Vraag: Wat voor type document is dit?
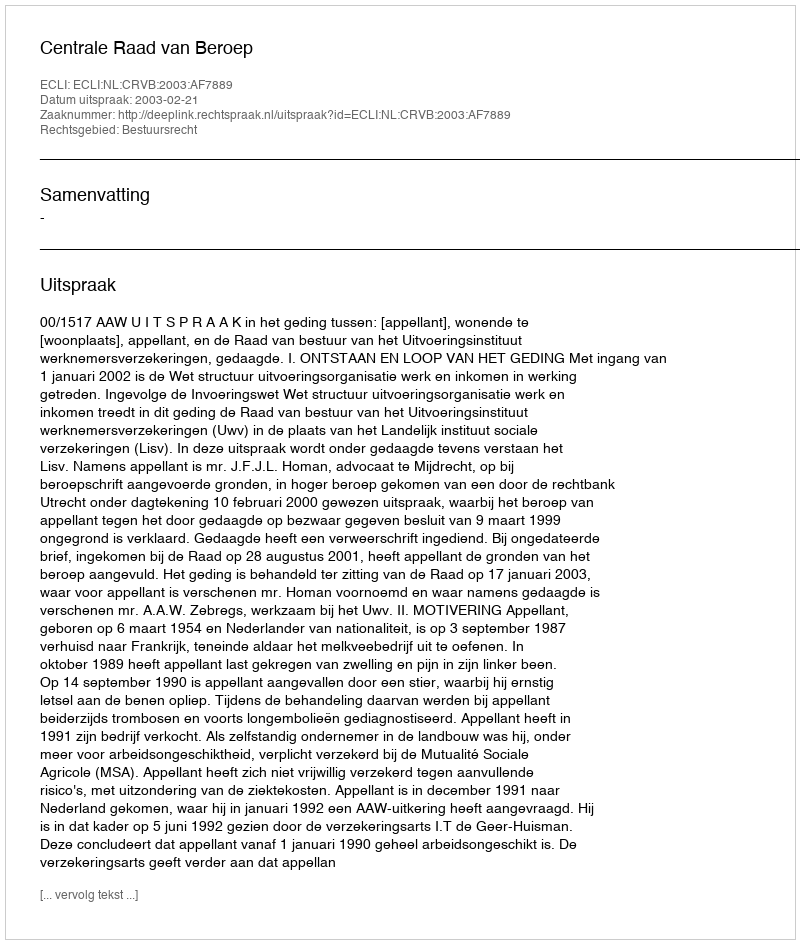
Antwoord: Uitspraak